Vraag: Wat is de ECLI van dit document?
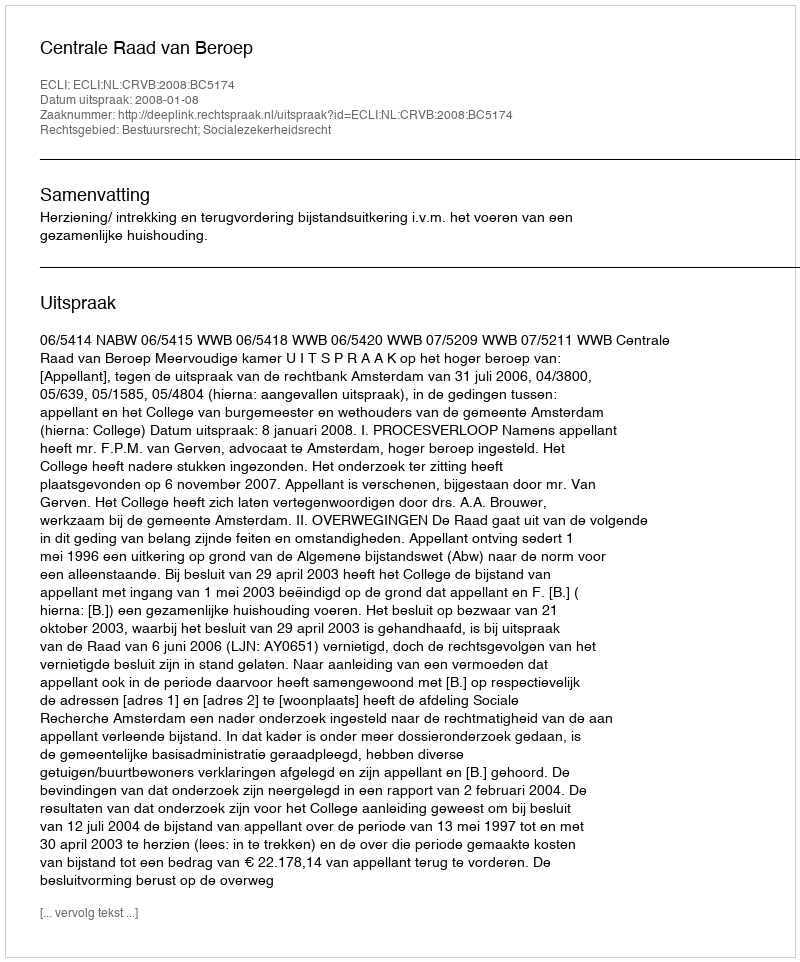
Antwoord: ECLI:NL:CRVB:2008:BC5174